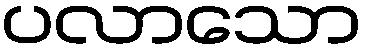
ပလာသော